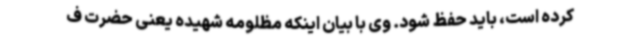
کرده است، باید حفظ شود. وی با بیان اینکه مظلومه شهیده یعنی حضرت ف